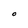
Character: O